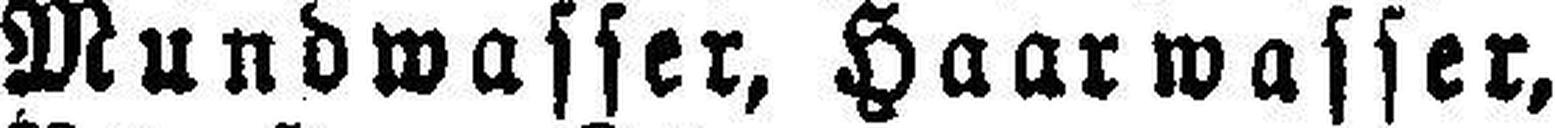
Mundwasser, Haarwasser,